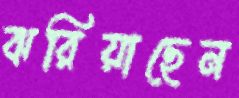
ঝরিয়াছেন